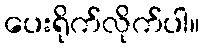
ပေးရိုက်လိုက်ပါ။